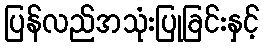
ပြန်လည်အသုံးပြုခြင်းနှင့်